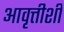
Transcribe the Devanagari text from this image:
आवृत्तीशी